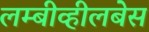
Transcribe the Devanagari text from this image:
लम्बीव्हीलबेस